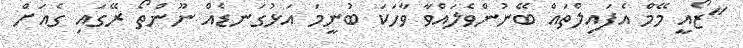
"ޒޯއީ މޭމް އެފައިލްތައް ބޭނުންވެލައްވާ ވާހަކަ ބުނީމަ އަޅުގަނޑެއް ނޫންތޯ ރޭގައި ގެއަށް